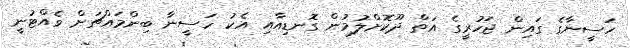
ހަސީނާގެ ގައިން ޖަހުރީގެ އަތް ދޫކޮށްލުމުން ގޮނޑިއާއި އެކު ހަސީނާ ބިންމައްޗަށް ވެއްޓުނީ